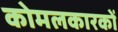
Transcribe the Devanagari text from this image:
कोमलकारकों